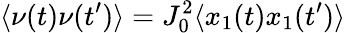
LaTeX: \langle\nu(t)\nu(t^{\prime})\rangle=J_{0}^{2}\langle x_{1}(t)x_{1}(t^{\prime})\rangle